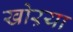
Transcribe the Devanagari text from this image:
खोऱया